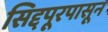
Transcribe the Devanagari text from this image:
सिद्दपूरपासून